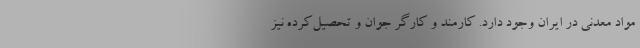
مواد معدنی در ایران وجود دارد. کارمند و کارگر جوان و تحصیل‌کرده نیز